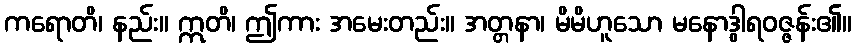
ကရောတိ၊ နည်း။ ဣတိ၊ ဤကား အမေးတည်း။ အတ္တနာ၊ မိမိဟူသော မနောဒွါရဝဇ္ဇန်း၏။